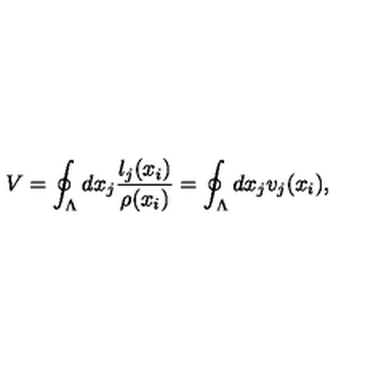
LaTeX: V = \oint _ { \Lambda } d x _ { j } \frac { l _ { j } ( x _ { i } ) } { \rho ( x _ { i } ) } = \oint _ { \Lambda } d x _ { j } v _ { j } ( x _ { i } ) ,